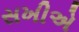
સખીએ